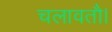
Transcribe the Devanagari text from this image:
चलावतौ।